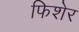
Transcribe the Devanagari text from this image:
फिशेर